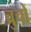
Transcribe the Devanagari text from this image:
च्रुचों